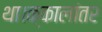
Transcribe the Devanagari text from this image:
था।क्कालांतर